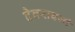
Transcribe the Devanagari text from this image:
देवरावजी